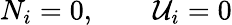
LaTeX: N_{i}=0,\qquad\mathcal{U}_{i}=0